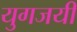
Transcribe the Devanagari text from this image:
युगजयी